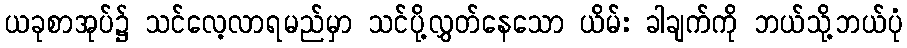
ယခုစာအုပ်၌ သင်လေ့လာရမည်မှာ သင်ပို့လွှတ်နေသော ယိမ်း ခါချက်ကို ဘယ်သို့ဘယ်ပုံ